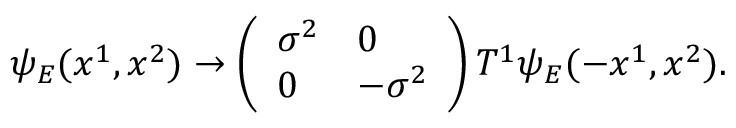
\psi _ { E } ( x ^ { 1 } , x ^ { 2 } ) \rightarrow \left( \begin{array} { l l } { { \sigma ^ { 2 } } } & { { 0 } } \\ { { 0 } } & { { - \sigma ^ { 2 } } } \end{array} \right) T ^ { 1 } \psi _ { E } ( - x ^ { 1 } , x ^ { 2 } ) .